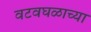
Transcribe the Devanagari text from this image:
वटवघळाच्या